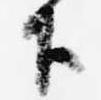
下